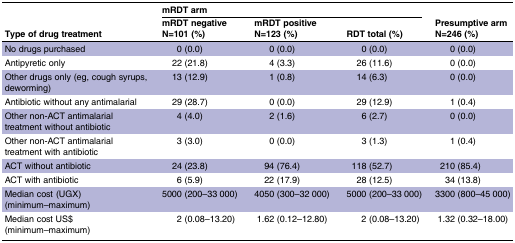
| <ROWSPAN=2> Type of drug treatment | <COLSPAN=3> mRDT arm |  |
 | mRDT negative N=101 (%) | mRDT positive N=123 (%) | RDT total (%) | Presumptive armN=246 (%) |
 | --- | --- | --- | --- | --- |
 | No drugs purchased | 0 (0.0) | 0 (0.0) | 0 (0.0) | 0 (0.0) |
 | Antipyretic only | 22 (21.8) | 4 (3.3) | 26 (11.6) | 0 (0.0) |
 | Other drugs only (eg, cough syrups, deworming) | 13 (12.9) | 1 (0.8) | 14 (6.3) | 0 (0.0) |
 | Antibiotic without any antimalarial | 29 (28.7) | 0 (0.0) | 29 (12.9) | 1 (0.4) |
 | Other non-ACT antimalarial treatment without antibiotic | 4 (4.0) | 2 (1.6) | 6 (2.7) | 0 (0.0) |
 | Other non-ACT antimalarial treatment with antibiotic | 3 (3.0) | 0 (0.0) | 3 (1.3) | 1 (0.4) |
 | ACT without antibiotic | 24 (23.8) | 94 (76.4) | 118 (52.7) | 210 (85.4) |
 | ACT with antibiotic | 6 (5.9) | 22 (17.9) | 28 (12.5) | 34 (13.8) |
 | Median cost (UGX) (minimum–maximum) | 5000 (200–33 000) | 4050 (300–32 000) | 5000 (200–33 000) | 3300 (800–45 000) |
 | Median cost US$ (minimum–maximum) | 2 (0.08–13.20) | 1.62 (0.12–12.80) | 2 (0.08–13.20) | 1.32 (0.32–18.00) |